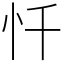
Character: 忏